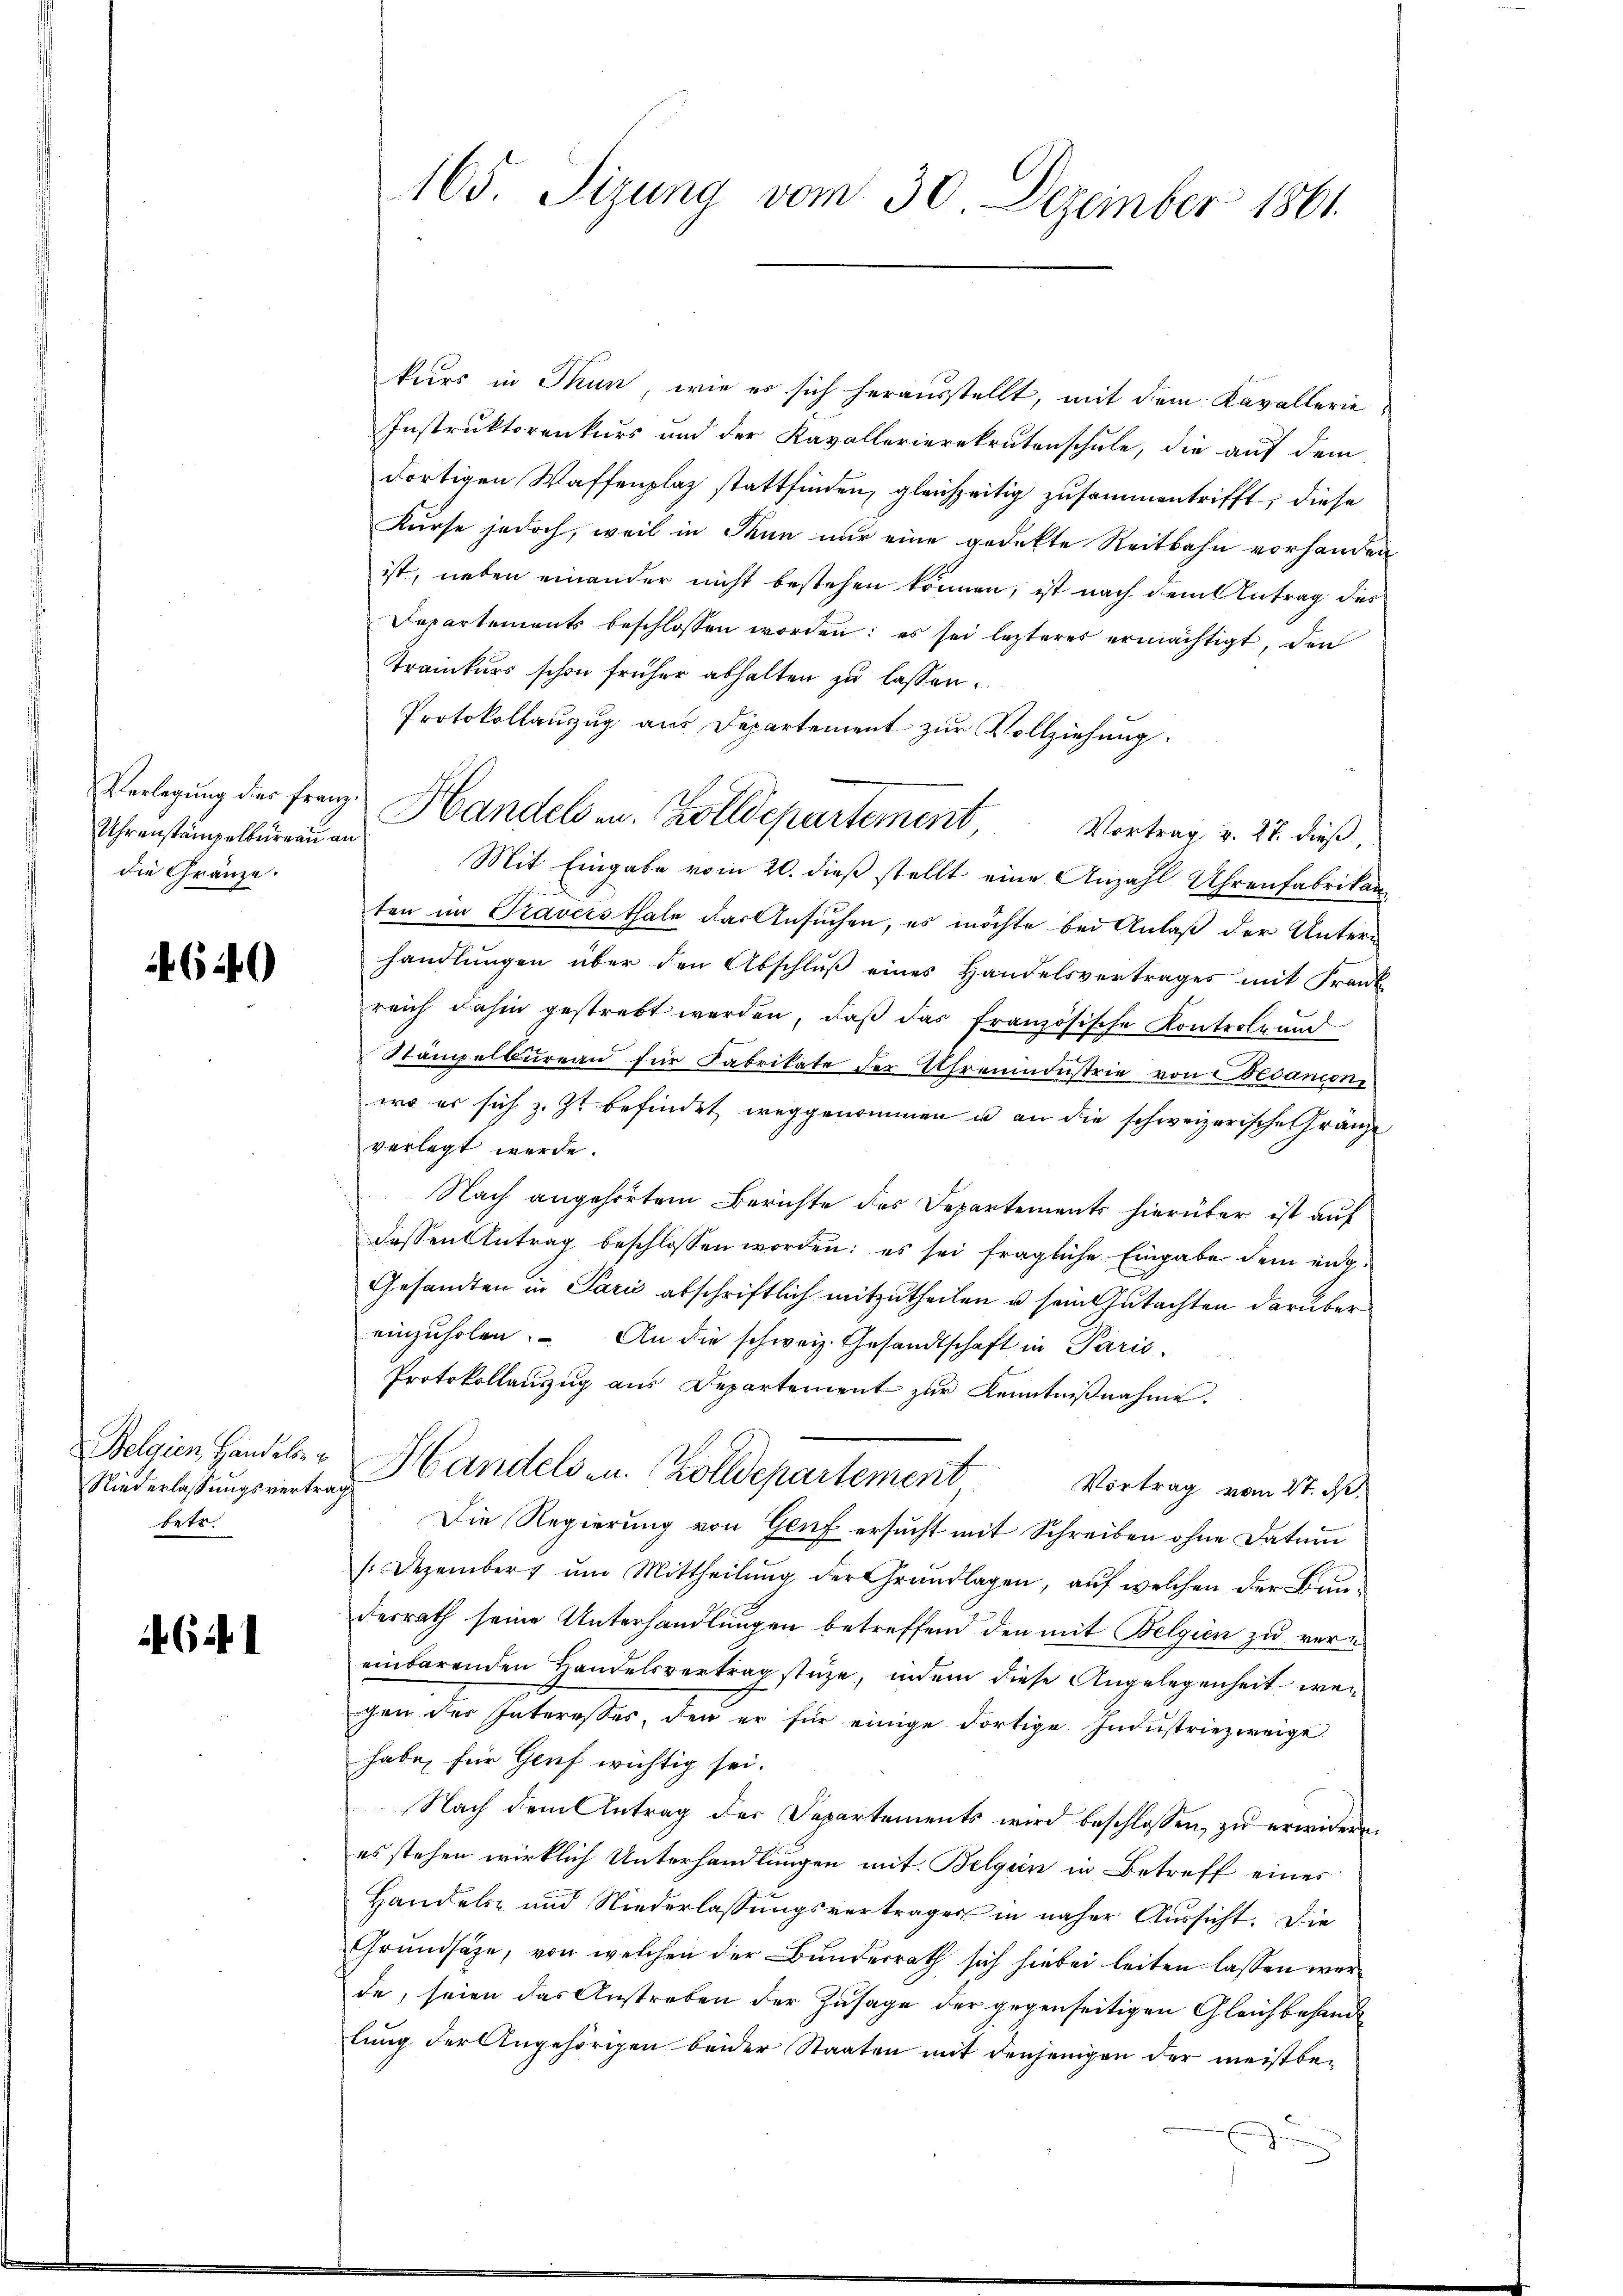
Uhrenstämpelbureau an
die Gränze.

640

Belgien, Handeln u.
betr.

61

kurs in Thun, wie es sich herausstellt, mit dem Kavallerie
Instruktorenkurs und der Kavallerierekrutenschule, die auf dem
dortigen Waffenplaz stattfinden, gleichzeitig zusammentrifft, diese
Kurse jedoch, weil in Thun nur eine gedekte Reitbahn vorhanden
ist, neben einander nicht bestehen können, ist nach dem Antrag des
Departements beschlossen worden: es sei lezteres ermächtigt, den
Traikurs schon früher abhalten zu lassen.
Protokollanzug aus Departement zur Vollziehung.
Mit Eingabe vom 20. dieß stellt eine Anzahl Uhrenfabrikanten im Traversthale das Ansuchen, es möchte bei Anlaß der Unters
handlŭngen über den Abschlŭβ eines Handelsvertrages mit Frank
reich dahin gestrebt werden, daβ das französische Kontrole und
Stämpelbureau für Fabrikate der Uhrendustrie von Decanoni
wo er sich z. Zt. befindet weggenommen u an die schweizerische Gränze
verlegt werde.
Nach angehörtem Berichte des Departements hierüber ist auf
dessen Antrag beschlossen worden: es sei fragliche Eingabe dem eng-
Gesandten in Parić abschriftlich mitzutheilen u sein Gutachten darüber
einzuholen. An die schweiz. Gesandtschaft in Paris
Protokollanzug aus Departement zur Kenntniβnahme.
Niederlassŭngsvertrag andels zu. Zolldepartement Vortrag vom 27. d.
Die Regierung von Genf ersucht mit Schreiben ohne Datum
.Dezemberg ŭm Mittheilŭng der Grundlagen, aŭf welchen der Bun-
desrath seine Unterhandlungen betreffend den mit Belgien zu vereinbarenden Handelsvertrag stüze, indem diese Angelegenheit wen
gen der Interesser, der er sie einige dortige Industriezweige
habe für Genf wichtig sei.
Nach dem Antrag der Departements wird beschlossen, zu erwidern
es stehen wirklich Unterhandlungen mit Belgien in Betreff eines
Handels- und Niederlassŭngsverträger in näher Aŭssicht. Die
Grundsätze, von welchen der Bunderrath sich hiebei leiten lassen werde, seien das Anstreben der Zusage der gegenseitigen Gleichbehande
lung der Angehörigen beider Staaten mit denjenigen der meistbe¬

165. Sizung vom 30. Dezember 1861.

Verlegung der Franz Handels au. Zolldepartement, Vortrag v. 27. dieß,